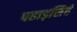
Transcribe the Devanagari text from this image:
पहाड़सिहं